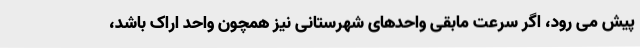
پیش می رود، اگر سرعت مابقی واحدهای شهرستانی نیز همچون واحد اراک باشد،